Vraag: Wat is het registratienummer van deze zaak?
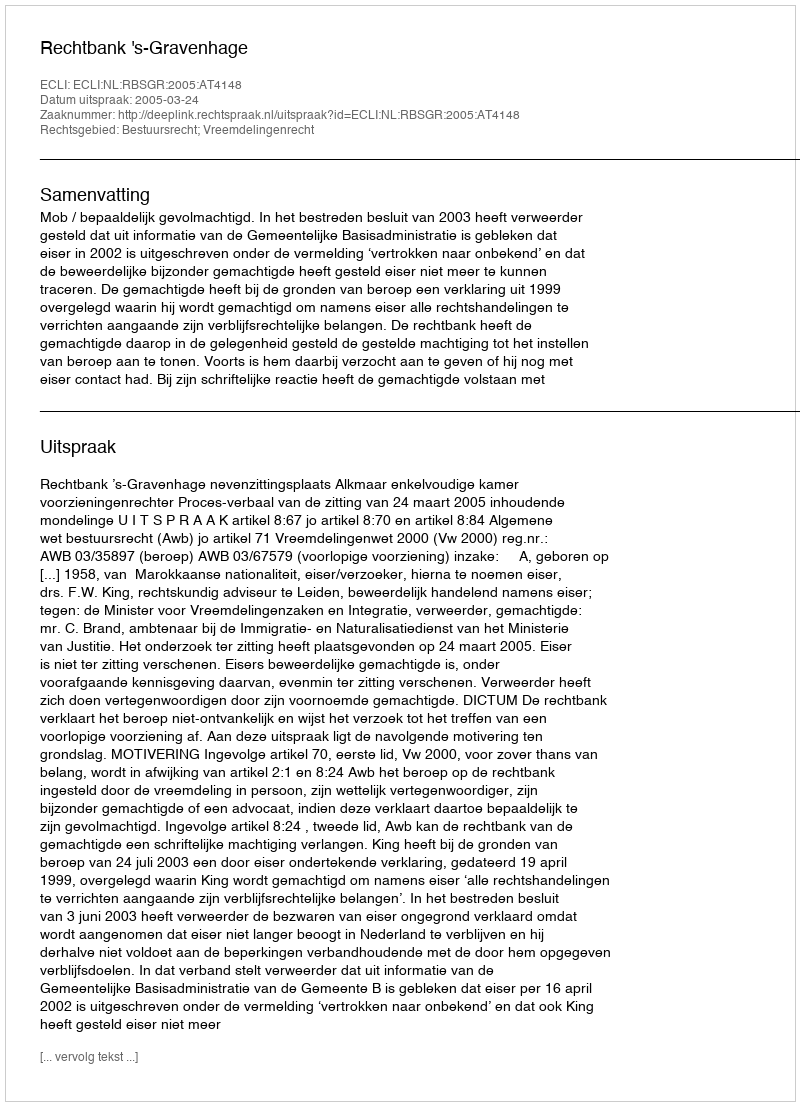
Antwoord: http://deeplink.rechtspraak.nl/uitspraak?id=ECLI:NL:RBSGR:2005:AT4148